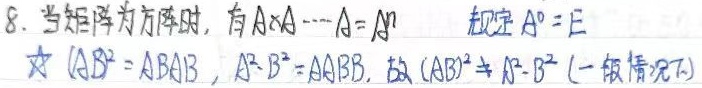
8. 当矩阵为方阵时，有\(A\times A\cdots A = A^n\)，规定\(A^0 = E\)☆
\((AB)^2 = ABAB\)，\(A^2 - B^2 = AABB\)这种写法是错误的，\(A^2 - B^2 = AA - BB\)，故\((AB)^2\neq A^2 - B^2\)（一般情况下）